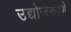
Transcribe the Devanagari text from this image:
उद्योजकाणे